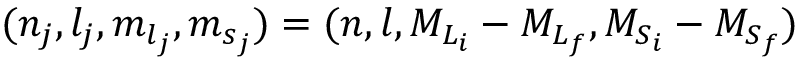
( { n } _ { j } , { l } _ { j } , { m } _ { { l } _ { j } } , { m } _ { { s } _ { j } } ) = ( { n } , { l } , { M } _ { { L } _ { i } } - { M } _ { { L } _ { f } } , { M } _ { { S } _ { i } } - { M } _ { { S } _ { f } } )